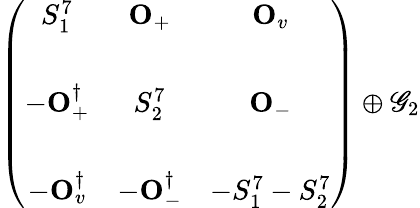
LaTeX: \left(\begin{array}{ccc}{{S_{1}^{7}}}&{{{\mathbf O}_{+}}}&{{{\mathbf O}_{v}}}\\ {{}}&{{}}&{{}}\\ {{-{\mathbf O}_{+}^{\dagger}}}&{{S_{2}^{7}}}&{{{\mathbf O}_{-}}}\\ {{}}&{{}}&{{}}\\ {{-{\mathbf O}_{v}^{\dagger}}}&{{-{\mathbf O}_{-}^{\dagger}}}&{{-S_{1}^{7}-S_{2}^{7}}}\end{array}\right)\oplus\mathscr{G}_{2}